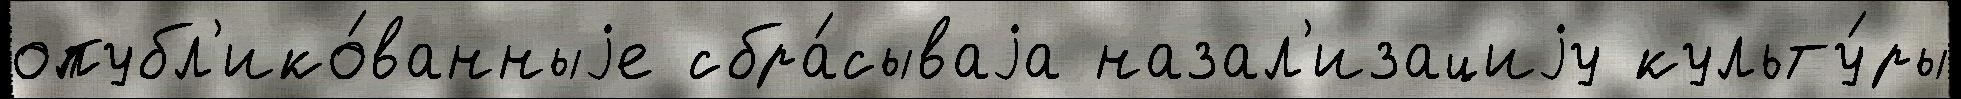
опубл'ико́ванныjе сбра́сываjа назал'изациjу культу́ры